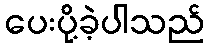
ပေးပို့ခဲ့ပါသည်